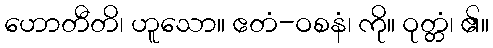
ဟောတီတိ၊ ဟူသော။ ဧတံ-ဝစနံ၊ ကို။ ဝုတ္တံ၊ ၏။